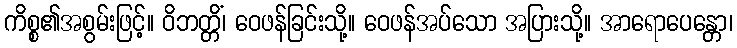
ကိစ္စ၏အစွမ်းဖြင့်။ ဝိဘတ္တိံ၊ ဝေဖန်ခြင်းသို့။ ဝေဖန်အပ်သော အပြားသို့။ အာရောပေန္တော၊